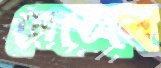
মেডেলে